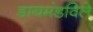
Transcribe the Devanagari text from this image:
डायमंडविले